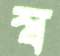
স্ব